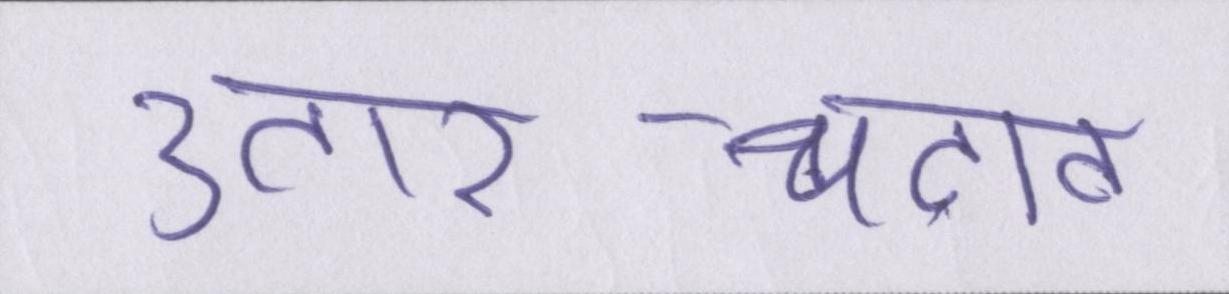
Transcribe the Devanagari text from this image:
उतार-चढ़ाव